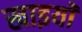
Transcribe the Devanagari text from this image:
खाइयॉ